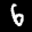
Label: 6